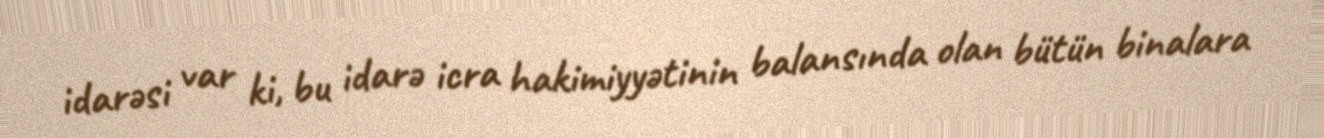
idarəsi var ki, bu idarə icra hakimiyyətinin balansında olan bütün binalara